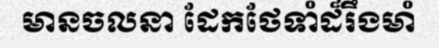
មានចលនា ដែកថែទាំដ៏រឹងមាំ